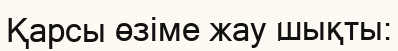
Қарсы өзіме жау шықты: